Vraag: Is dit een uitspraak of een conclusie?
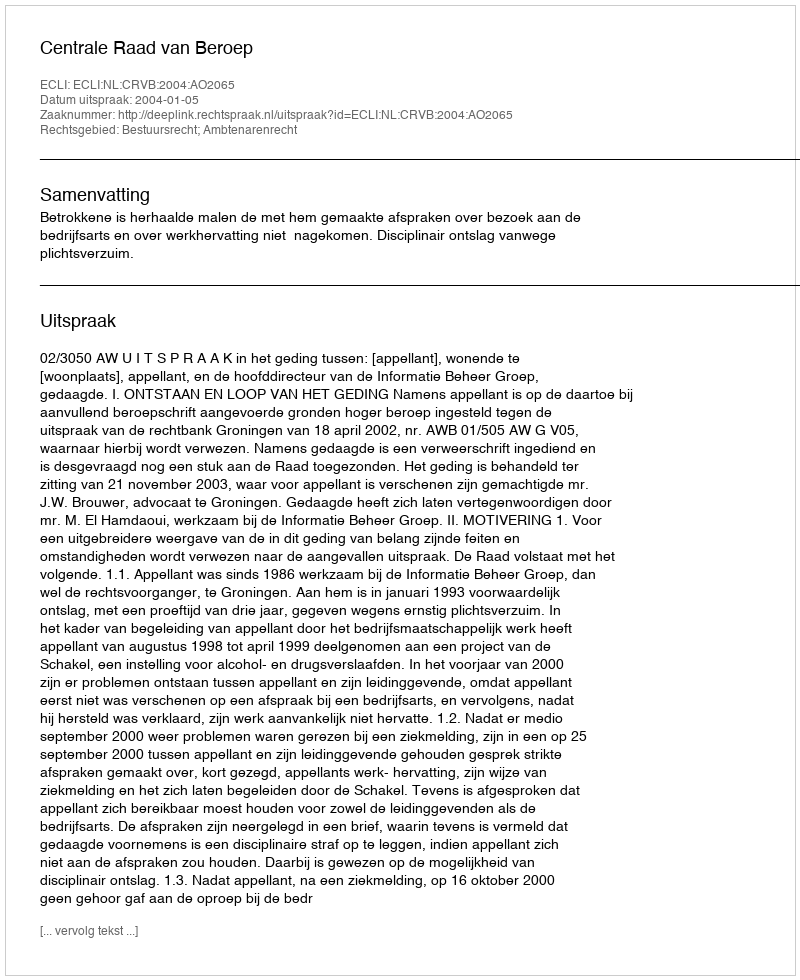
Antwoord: Uitspraak